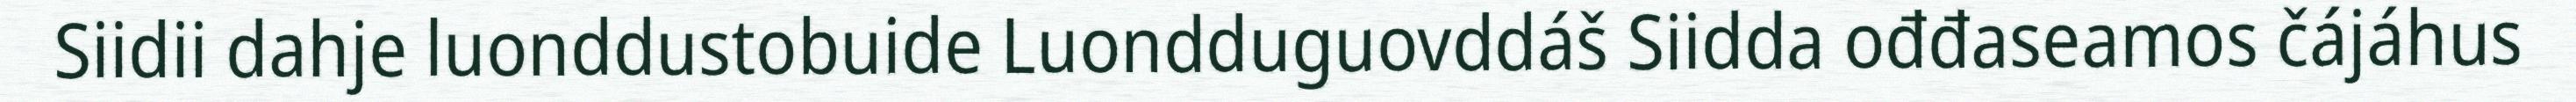
Siidii dahje luonddustobuide Luondduguovddáš Siidda ođđaseamos čájáhus